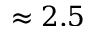
\approx 2 . 5